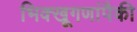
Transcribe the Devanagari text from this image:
भिक्खूगणांपैकी